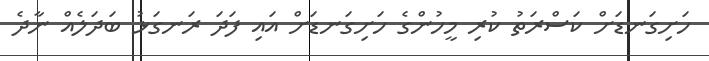
ހަށިގަނޑަށް ކަސްރަތު ކުރި މީހުންގެ ހަށިގަނޑަށް އައި ފަދަ ރަނގަޅު ބަދަލެއް ނާދެ